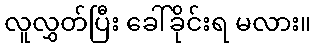
လူလွှတ်ပြီး ခေါ်ခိုင်းရ မလား။